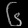
Digit: ၆